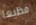
فظيعا